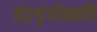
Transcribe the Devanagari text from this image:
चंद्रशृंगोन्नति